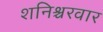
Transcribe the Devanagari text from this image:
शनिश्चरवार